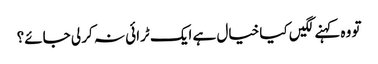
تو وہ کہنے لگیں کیا خیال ہے ایک ٹرائی نہ کر لی جائے؟